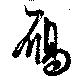
雁